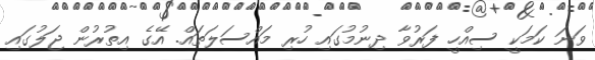
ވަނަ ކަމަކީ ސިއްހީ ފަރުވާ ދިނުމުގައި ހުރި މައްސަލަތައް. އޭގެ އިތުރުން ޖަލުގައި